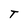
Character: T